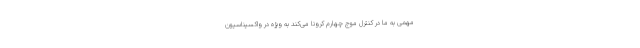
مهمی به ما در کنترل موج چهارم کرونا می‌کند به ویژه در واکسیناسیون